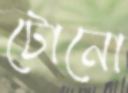
টোনো